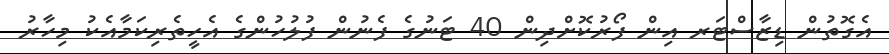
އެގޮތުން ޑިޒާސްޓަރ އިން ފޯރުކޮށްދިން 40 ޓަނުގެ ފެނުން ފުލުހުންގެ އެހީތެރިކަމާއެކު މިހާރު